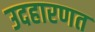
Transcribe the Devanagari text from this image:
उदहारणत